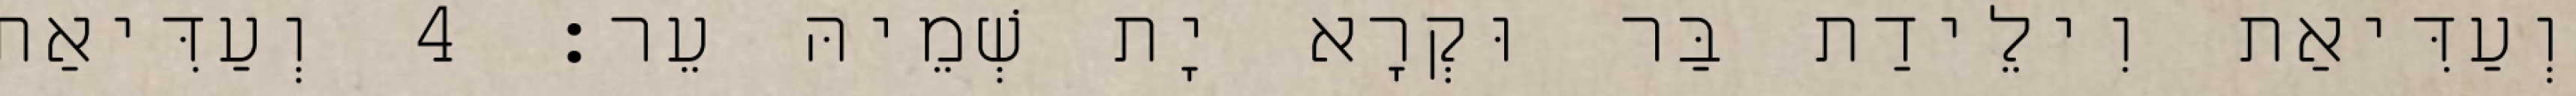
וְעַדִּיאַת וִילֵידַת בַּר וּקְרָא יָת שְׁמֵיהּ עֵר׃ 4 וְעַדִּיאַת